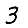
Digit: 3